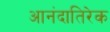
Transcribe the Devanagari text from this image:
आनंदातिरेक